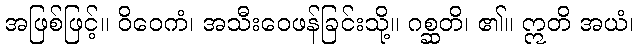
အဖြစ်ဖြင့်။ ဝိဝေကံ၊ အသီးဝေဖန်ခြင်းသို့။ ဂစ္ဆတိ၊ ၏။ ဣတိ အယံ၊